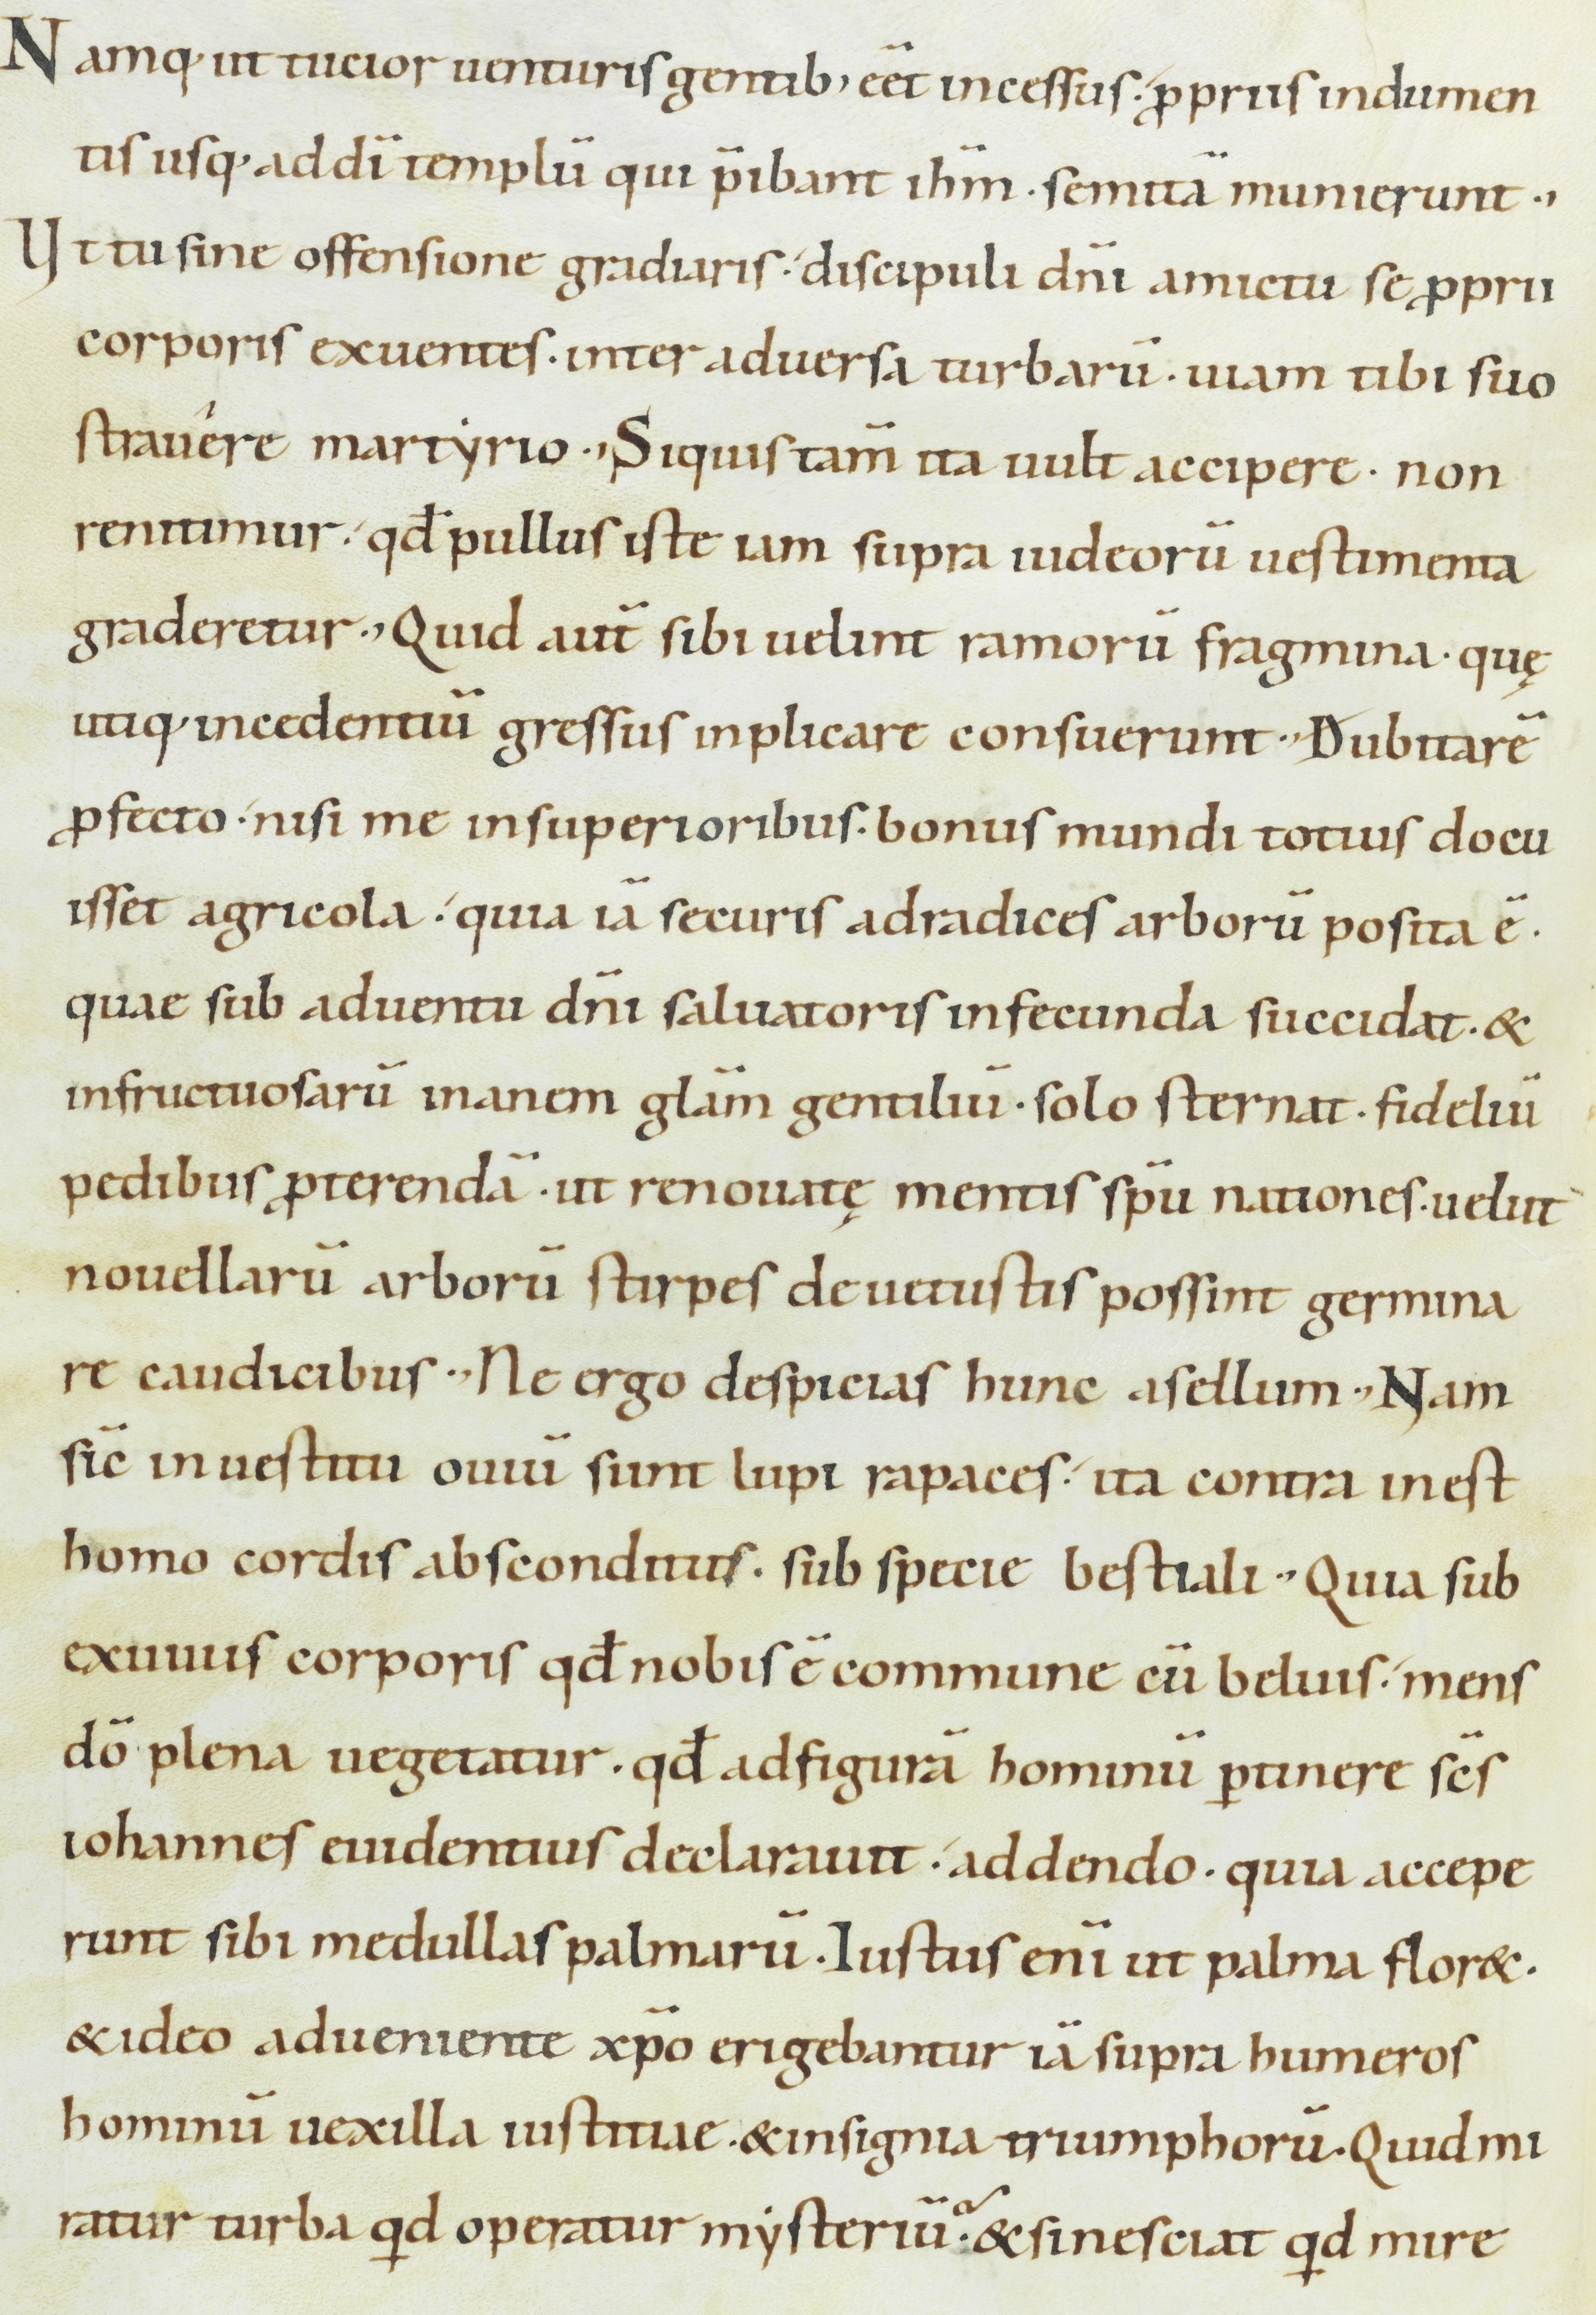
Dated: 900–999